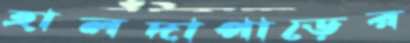
হালদাপাড়ের